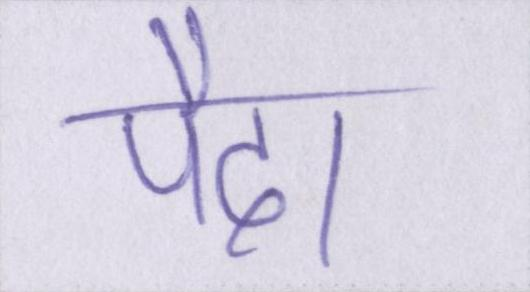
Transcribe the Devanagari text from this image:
पैदा